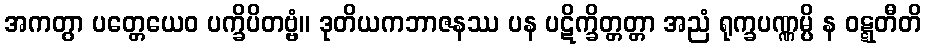
အကတွာ ပတ္တေယေဝ ပက္ခိပိတဗ္ဗံ။ ဒုတိယကဘာဇနဿ ပန ပဋိက္ခိတ္တတ္တာ အညံ ရုက္ခပဏ္ဏမ္ပိ န ဝဋ္ဋတီတိ